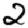
Digit: 2